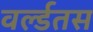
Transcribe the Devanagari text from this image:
वर्ल्डतस